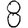
Digit: 8